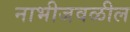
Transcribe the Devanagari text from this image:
नाभीजवळील